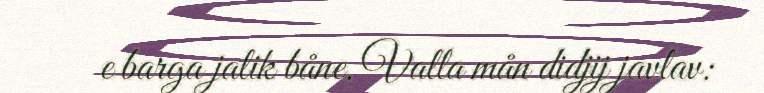
e barga jalik båne. Valla mån didjij javlav: